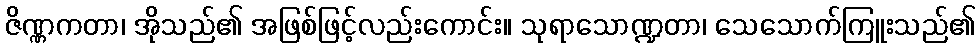
ဇိဏ္ဏကတာ၊ အိုသည်၏ အဖြစ်ဖြင့်လည်းကောင်း။ သုရာသောဏ္ဍတာ၊ သေသောက်ကြူးသည်၏